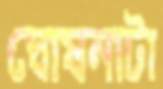
ঘোষনাটা